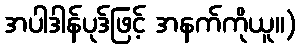
အပါဒါန်ပုဒ်ဖြင့် အနက်ကိုယူ။)